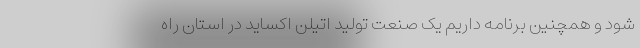
شود و همچنین برنامه داریم یک صنعت تولید اتیلن اکساید در استان راه